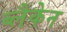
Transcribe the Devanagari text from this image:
ब्लैकेन